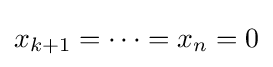
x_{k+1}=\dots =x_{n}=0